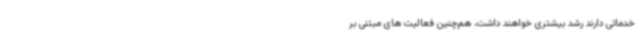
خدماتی دارند رشد بیشتری خواهند داشت، هم‌چنین فعالیت های مبتنی بر